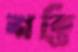
শক্তি